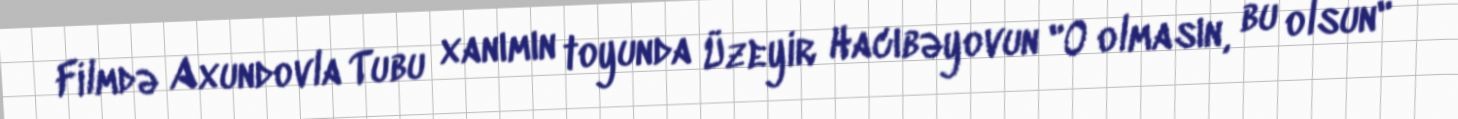
Filmdə Axundovla Tubu xanımın toyunda Üzeyir Hacıbəyovun "O olmasın, bu olsun"